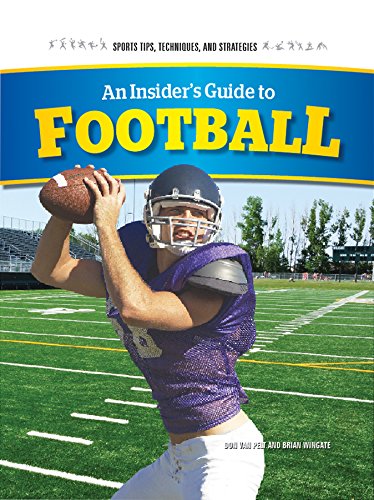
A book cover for An Insider's Guide to Football (Sports Tips, Techniques, and Strategies); Don Van Pelt; Teen & Young Adult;